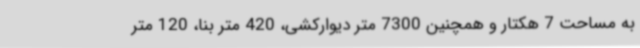
به مساحت 7 هکتار و همچنین 7300 متر دیوارکشی، 420 متر بنا، 120 متر